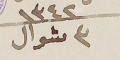
١٣٤٢ ٣ شوال